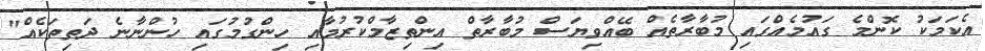
އެކަމަކު ކޮންމެ ގައުމެއްގައި މުބާރާތެއް ބޭއްވިޔަސް މުބާރާތް އިންތިޒާމްކުރުމާއި ހިންގުމުގައި ހުންނާނެ ދަތިތަކެއް"